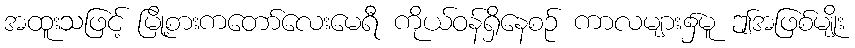
အထူးသဖြင့် မြို့စားကတော်လေးမေရီ ကိုယ်ဝန်ရှိနေစဉ် ကာလများ၌မူ ဤအဖြစ်မျိုး